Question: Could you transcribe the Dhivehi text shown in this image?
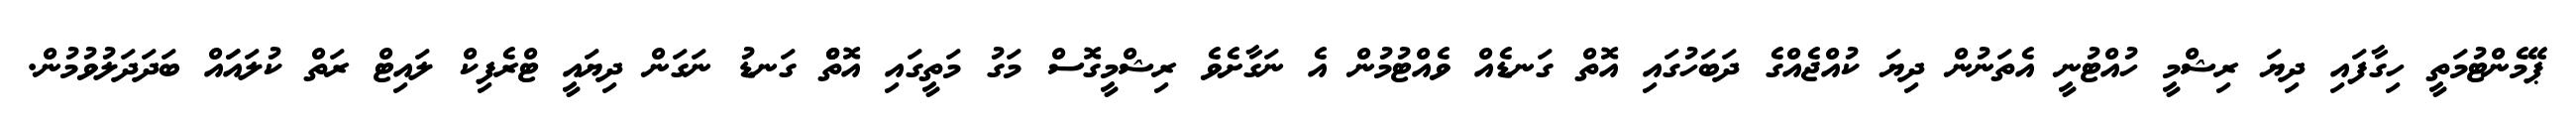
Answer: ޕޭމެންޓުމަތީ ހިގާފައި ދިޔަ ރިޝްމީ ހުއްޓުނީ އެތަނުން ދިޔަ ކުއްޖެއްގެ ދަބަހުގައި އޮތް ގަނޑެއް ވެއްޓުމުން އެ ނަގާށެވެ ރިޝްމީގޮސް މަގު މަތީގައި އޮތްް ގަނޑު ނަގަން ދިޔައީ ޓްރެފިކް ލައިޓް ރަތް ކުލައަައް ބަދަދަލުވުމުން.